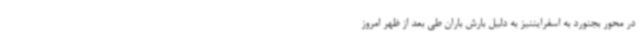
در محور بجنورد به اسفرایننیز به دلیل بارش باران طی بعد از ظهر امروز